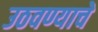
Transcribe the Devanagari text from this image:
उठवण्याचे